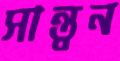
সান্ত্বন